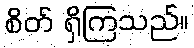
စိတ် ရှိကြသည်။